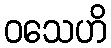
ဝသေဟိ